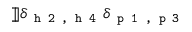
] \! ] \delta _ { \texttt { h 2 , h 4 } } \delta _ { \texttt { p 1 , p 3 } }